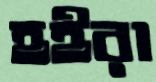
হইরা